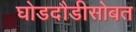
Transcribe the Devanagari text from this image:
घोडदौडीसोबत